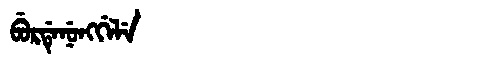
Manchu: ᠪᡠᡵᡩᡝᠨᡠᠩᡤᡝᠯᡝ
Romanization: BURDENUNGGELE